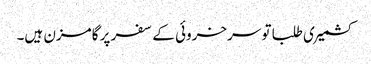
کشمیری طلبا تو سرخروئی کے سفر پر گامزن ہیں۔